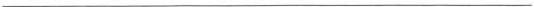
___